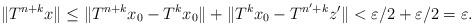
LaTeX: \begin{align*}\Vert T^{n+k}x\Vert&\leq \Vert T^{n+k}x_0-T^kx_0\Vert+\Vert T^kx_0-T^{n'+k}z'\Vert<\varepsilon/2+\varepsilon/2=\varepsilon.\end{align*}